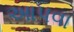
આપવા